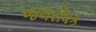
જલરોધક